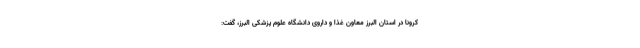
کرونا در استان البرز معاون غذا و داروی دانشگاه علوم پزشکی البرز، گفت: